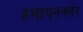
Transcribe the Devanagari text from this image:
हमायनक्नेर